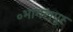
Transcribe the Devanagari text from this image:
॰भागलपुर